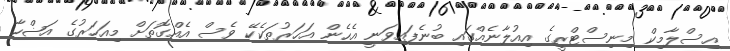
އިސްލާމިކް މިނިސްޓްރީގެ އިއުލާނެއްގައި ބުނެފައިވަނީ އެހެން އަހަރުތަކެކޭ ވެސް އެއްގޮތަށް މިއަހަރުގެ އަޟްހާ